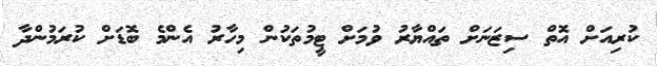
ކުރިއަށް އޮތް ސިޒަނަށް ތައްޔާރު ވުމަށް ޓީމުތަކުން މިހާރު އެންމެ ބޮޑަށް ކުރަމުންދާ